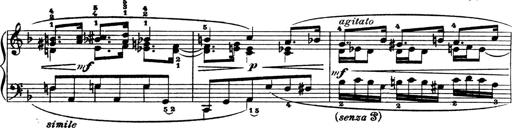
Title: 4 Sonatines
Composer: Max Reger